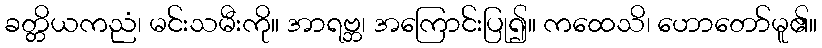
ခတ္တိယကညံ၊ မင်းသမီးကို။ အာရဗ္ဘ၊ အကြောင်းပြု၍။ ကထေသိ၊ ဟောတော်မူ၏။